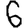
Digit: 6